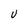
Character: U